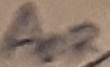
Text: AOR